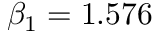
\beta _ { 1 } = 1 . 5 7 6